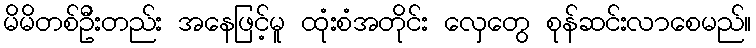
မိမိတစ်ဦးတည်း အနေဖြင့်မူ ထုံးစံအတိုင်း လှေတွေ စုန်ဆင်းလာစေမည်။